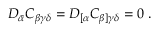
{ \cal D } _ { \bar { \alpha } } C _ { \beta \gamma \delta } = { \cal D } _ { [ \alpha } C _ { \beta ] \gamma \delta } = 0 \ .